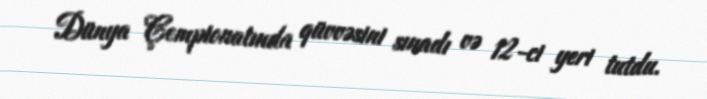
Dünya Çempionatında qüvvəsini sınadı və 12-ci yeri tutdu.